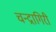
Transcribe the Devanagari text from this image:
चन्द्रागिरी